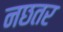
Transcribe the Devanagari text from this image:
नछतर